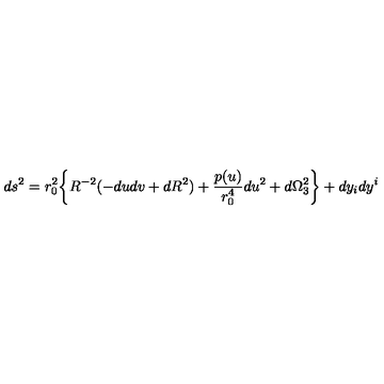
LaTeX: d s ^ { 2 } = r _ { 0 } ^ { 2 } \bigg \{ R ^ { - 2 } ( - d u d v + d R ^ { 2 } ) + { \frac { p ( u ) } { r _ { 0 } ^ { 4 } } } d u ^ { 2 } + d \Omega _ { 3 } ^ { 2 } \biggr \} + d y _ { i } d y ^ { i }